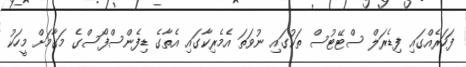
ފަހަރެއްގައި ފިޑެރަލް ސްޓޭޓުސް ތަކުގައި ނުވަތަ އެމެރިކާގައި އެތާގެ ޑިފެންސްފޯސްގެ މަގާމަށް މީހަކު